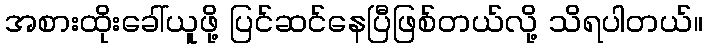
အစားထိုးခေါ်ယူဖို့ ပြင်ဆင်နေပြီဖြစ်တယ်လို့ သိရပါတယ်။